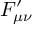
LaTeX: F _ { \mu \nu } ^ { \prime }